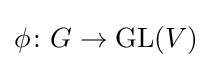
\phi \colon G\to \mathrm {GL} (V)